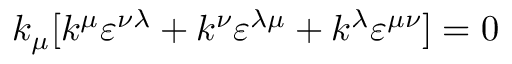
k _ { \mu } [ k ^ { \mu } \varepsilon ^ { \nu \lambda } + k ^ { \nu } \varepsilon ^ { \lambda \mu } + k ^ { \lambda } \varepsilon ^ { \mu \nu } ] = 0